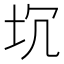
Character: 坈